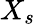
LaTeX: X_{s}